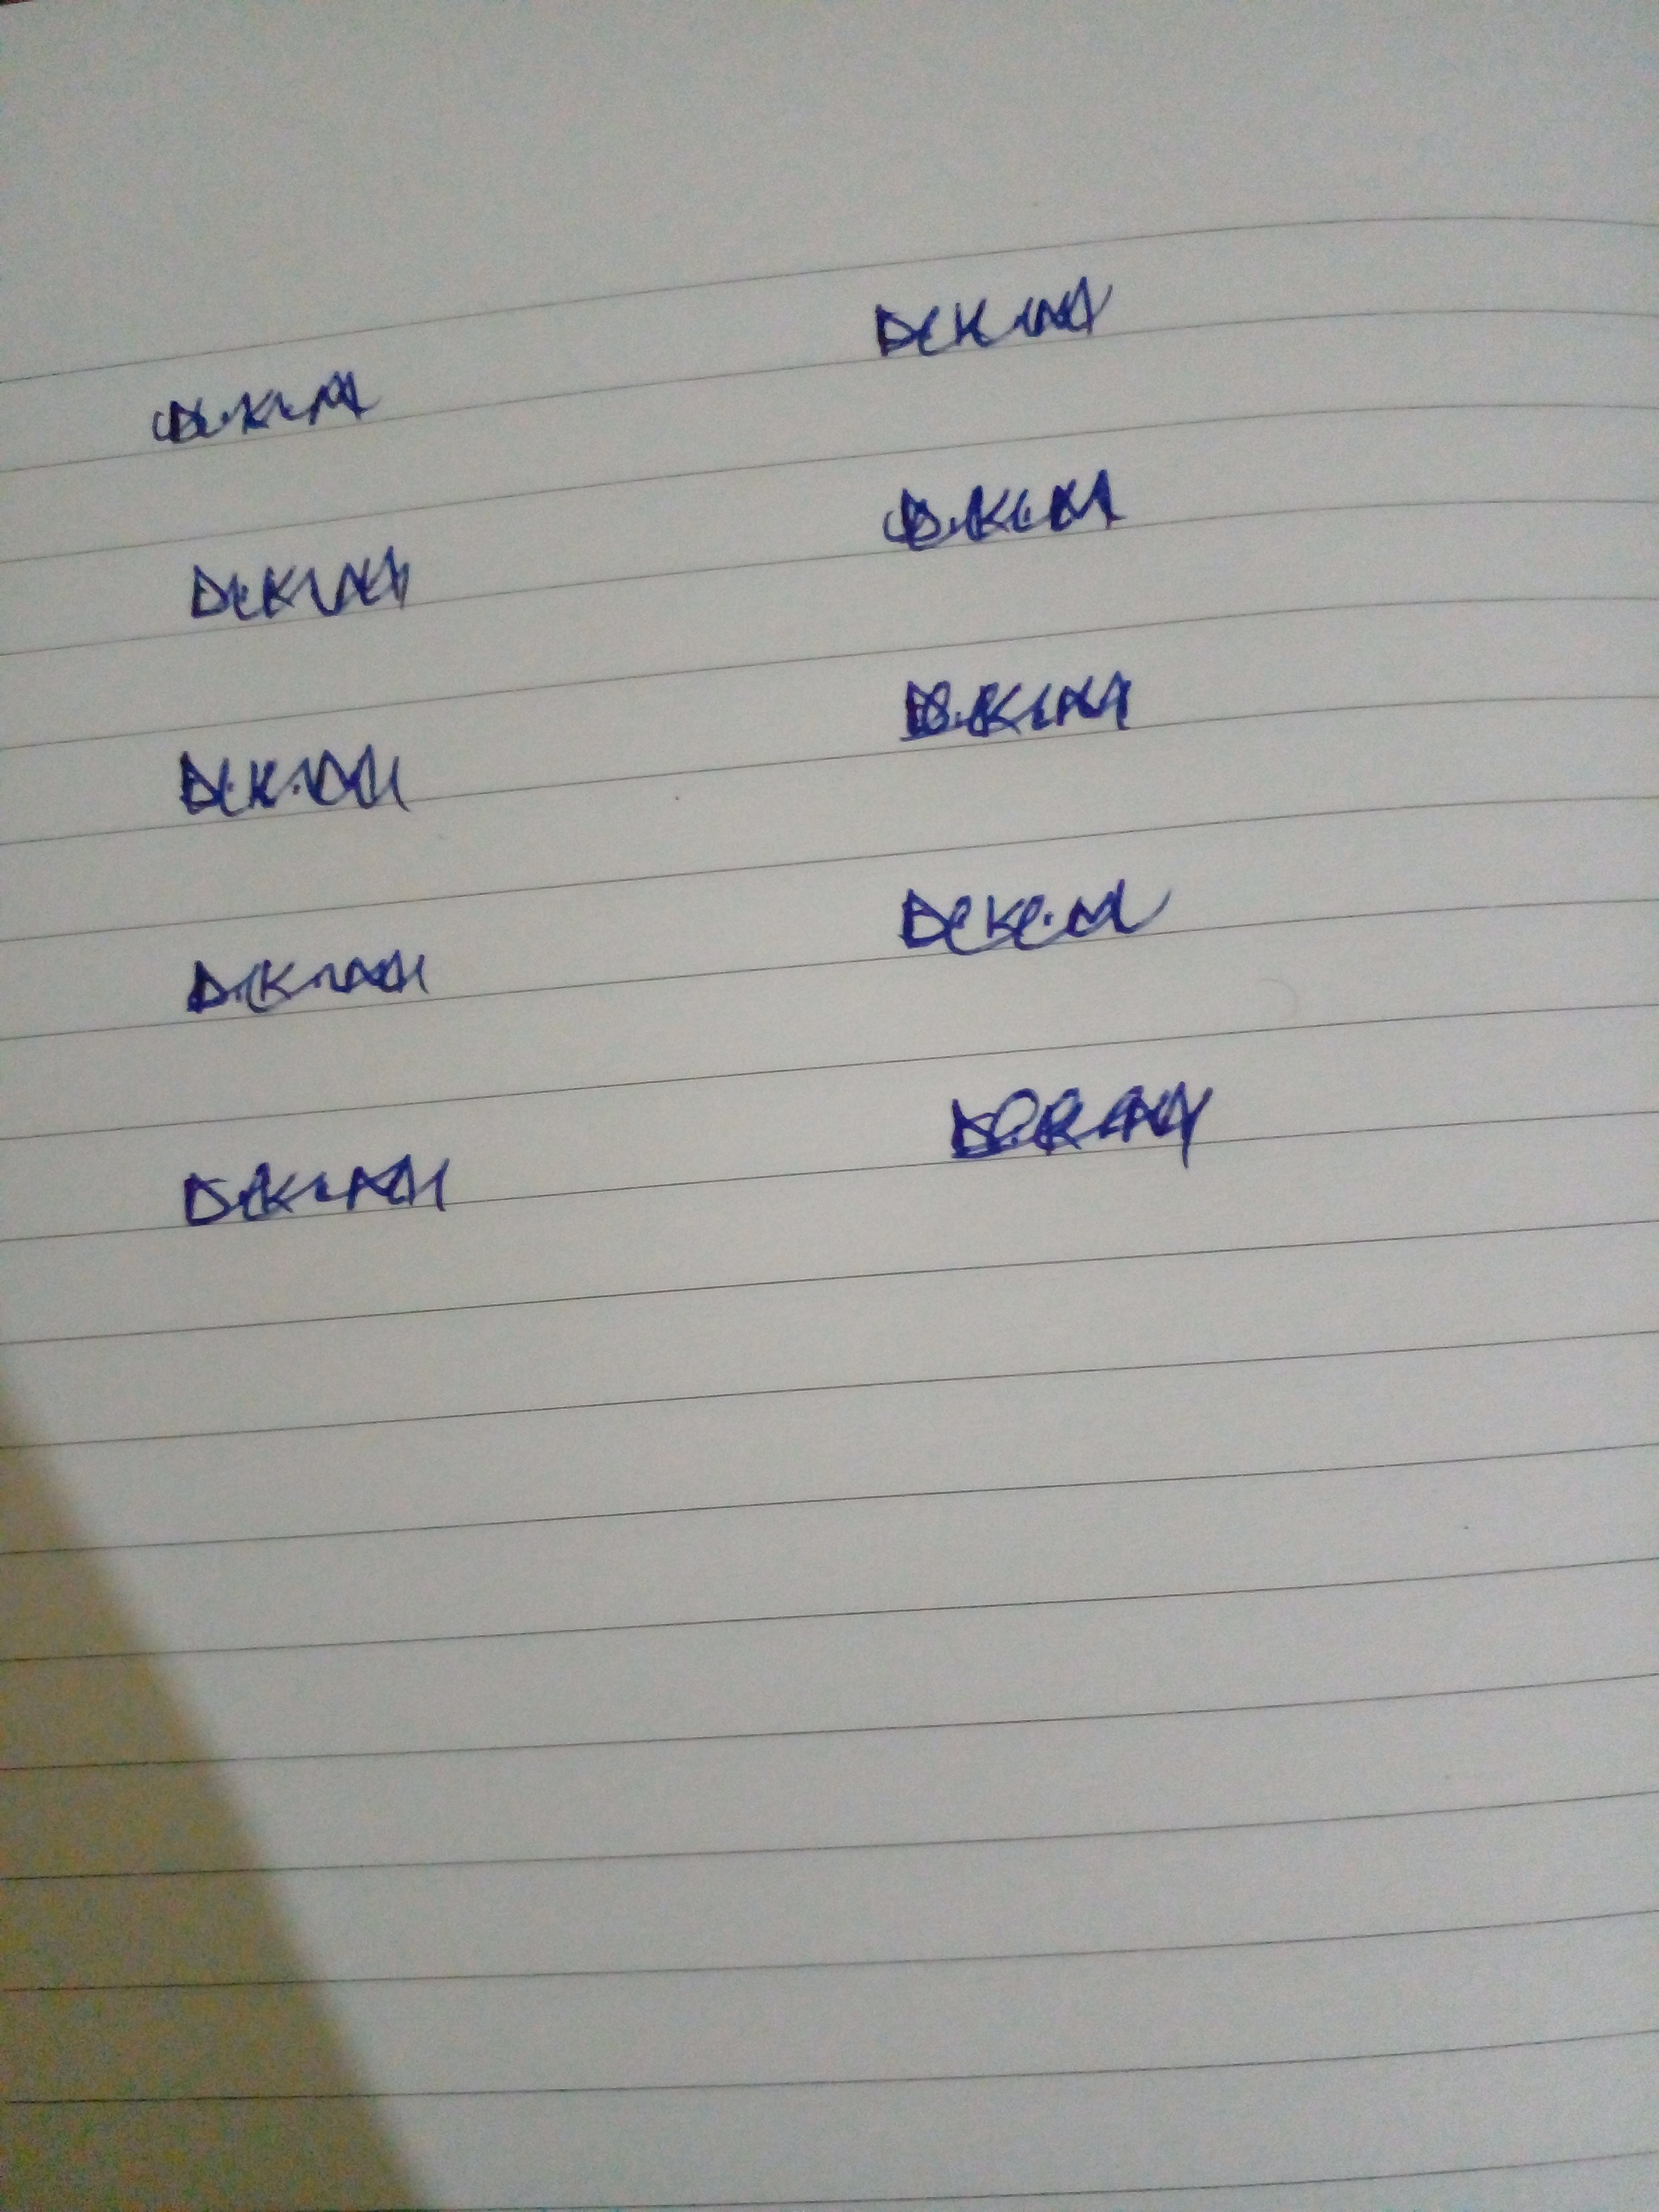
Signature authenticity: genuine